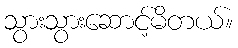
သွားသွားဆောင့်မိတယ်။